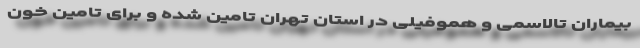
بیماران تالاسمی و هموفیلی در استان تهران تامین شده و برای تامین خون